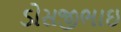
ડોસજીભાઇ